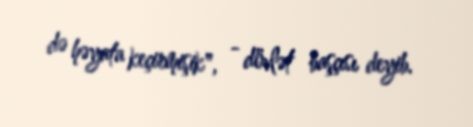
də həyata keçirmişik", - dövlət başçısı deyib.